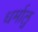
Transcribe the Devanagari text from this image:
धर्मालु